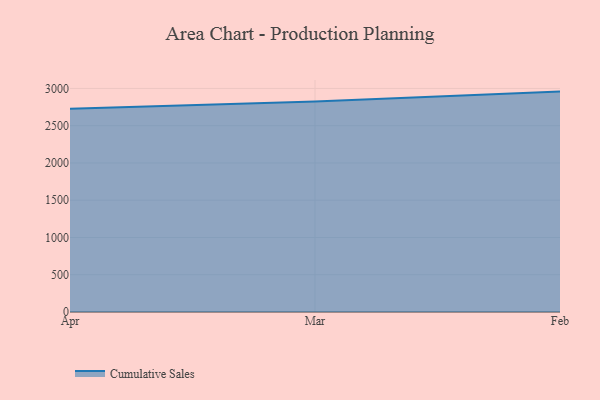
{"axis": {"x": "Month", "y": "Active Users"}, "legend": ["Cumulative Sales"], "data": [{"x": "Apr", "y": 2726.6, "type": "Cumulative Sales"}, {"x": "Mar", "y": 2824.2, "type": "Cumulative Sales"}, {"x": "Feb", "y": 2957.4, "type": "Cumulative Sales"}]}